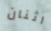
اثنان